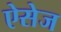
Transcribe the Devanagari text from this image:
ऐसेज